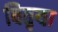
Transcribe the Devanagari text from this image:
वितृया